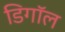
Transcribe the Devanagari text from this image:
डिगॉल